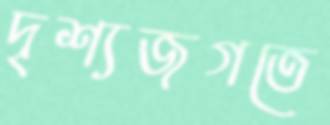
দৃশ্যজগতে